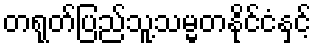
တရုတ်ပြည်သူ့သမ္မတနိုင်ငံနှင့်